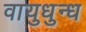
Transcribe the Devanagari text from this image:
वायुधुन्ध